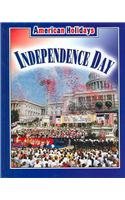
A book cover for Independence Day (American Holidays (Weigl Hardcover)); Jill Foran; Children's Books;